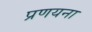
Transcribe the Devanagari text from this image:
प्रणयना